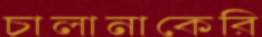
চালানাকেরি